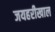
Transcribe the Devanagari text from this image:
जयहरीखाल